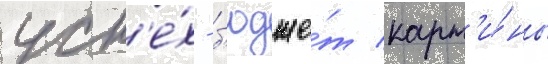
усп'е́х - б'юдже́т карт'и́ны